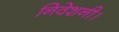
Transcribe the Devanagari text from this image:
निवेशनी।